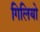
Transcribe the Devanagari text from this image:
गिलियो